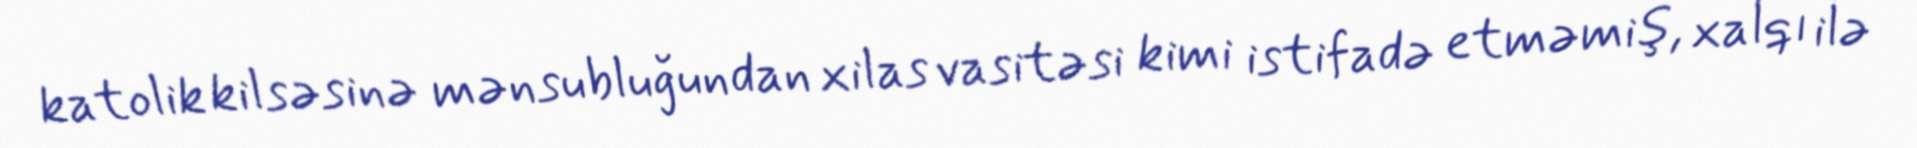
katolik kilsəsinə mənsubluğundan xilas vasitəsi kimi istifadə etməmiş, xalqı ilə